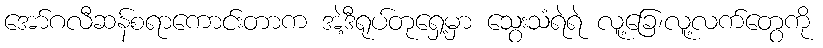
အော်ဂလီဆန်စရာကောင်းတာက အဲ့ဒီရုပ်တုရှေ့မှာ သွေးသံရဲရဲ လူ့ခြေ၊လူ့လက်တွေကို